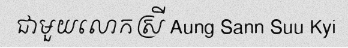
ជាមួយលោកស្រី Aung Sann Suu Kyi